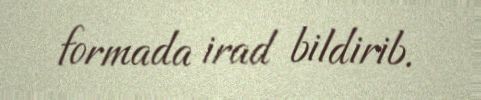
formada irad bildirib.